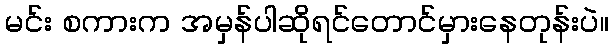
မင်း စကားက အမှန်ပါဆိုရင်တောင်မှားနေတုန်းပဲ။